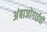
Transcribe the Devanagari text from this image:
अंबाजोगाईची